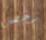
شخص